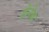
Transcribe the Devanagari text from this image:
डेनेब